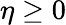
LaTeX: \eta\geq 0